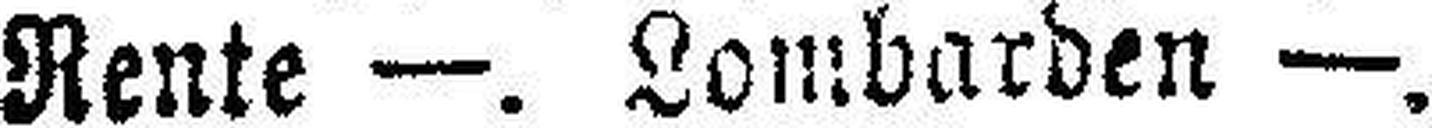
Rente —. Lombarden —.